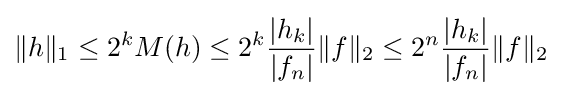
\|h\|_{1}\leq 2^{k}M(h)\leq 2^{k}{\frac {|h_{k}|}{|f_{n}|}}\|f\|_{2}\leq 2^{n}{\frac {|h_{k}|}{|f_{n}|}}\|f\|_{2}